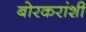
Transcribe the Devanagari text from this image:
बोरकरांशी